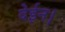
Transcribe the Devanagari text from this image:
देईन।